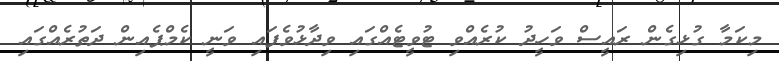
މިކަމާ ގުޅިގެން ރައީސް ވަހީދު ކުރެއްވި ޓުވީޓެއްގައި ވިދާޅުވެފައި ވަނީ ކެމްޕެއިން ދަތުރެއްގައި